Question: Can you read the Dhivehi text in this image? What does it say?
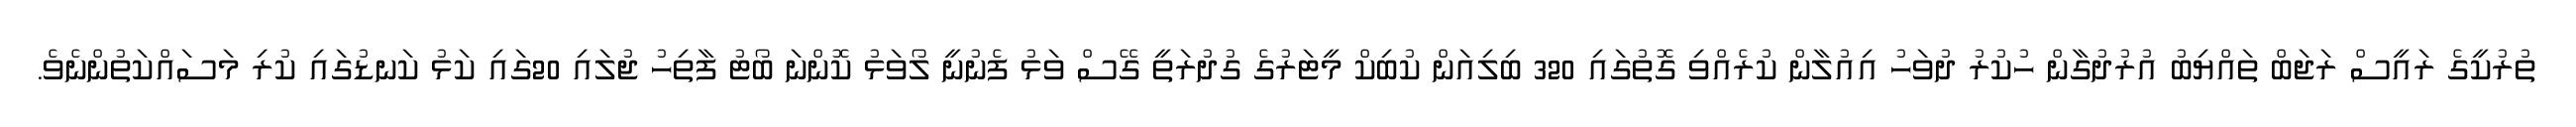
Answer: ތުރުކީގެ ރައީސް ރަޖަބް ތައްޔިބު އުރުދުގާން ހުކުރު ދުވަހު އިއުލާން ކުރެއްވި ގޮތުގައި 320 ބިލިއަން ކުބިކް މީޓަރުގެ ގުދުރަތީ ގޭސް ވަޅު ފެނުނީ ލޯވަޅު ކޮންނަ ބޯޓު ފާތިހު ޖުލައި 20ގައި ކަޅު ކަނޑުގައި ކުރި މަސައްކަތުންނެވެ.